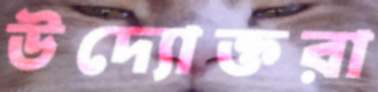
উদ্যোক্তরা